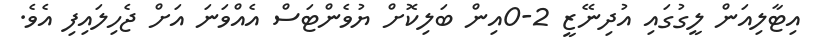
އިޓާލިއަން ލީގުގައި އުދިނޭޒީ 2-0އިން ބަލިކޮށް ޔުވެންޓަސް އެއްވަނަ އަށް ޖެހިލައިފި އެވެ.